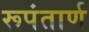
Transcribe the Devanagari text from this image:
रूपंतार्ण